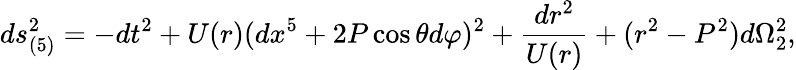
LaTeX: ds_{(5)}^{2}=-dt^{2}+U(r)(dx^{5}+2P\cos\theta d\varphi)^{2}+{\frac{dr^{2}}{U(r)}}+(r^{2}-P^{2})d\Omega_{2}^{2},